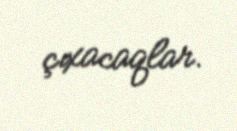
çıxacaqlar.